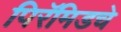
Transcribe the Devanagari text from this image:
पिरॅमिडचे